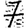
Digit: 7